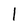
Character: 1